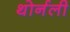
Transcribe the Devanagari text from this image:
थोर्नली